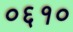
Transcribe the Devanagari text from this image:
०६१०